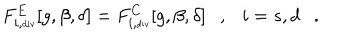
LaTeX: F _ { i , \tiny \mathrm { d i v } } ^ { E } [ g , \beta , \delta ] = F _ { i , \tiny \mathrm { d i v } } ^ { C } [ g , \beta , \delta ] , i = s , d .